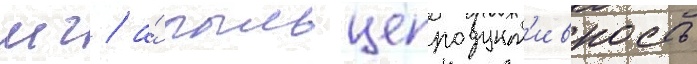
мг / а́ пыльцепродукт'ивность